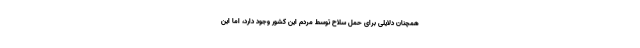
همچنان دلایلی برای حمل سلاح توسط مردم این کشور وجود دارد، اما این